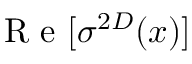
\mathrm { ~ R ~ e ~ } [ \sigma ^ { 2 D } ( x ) ]